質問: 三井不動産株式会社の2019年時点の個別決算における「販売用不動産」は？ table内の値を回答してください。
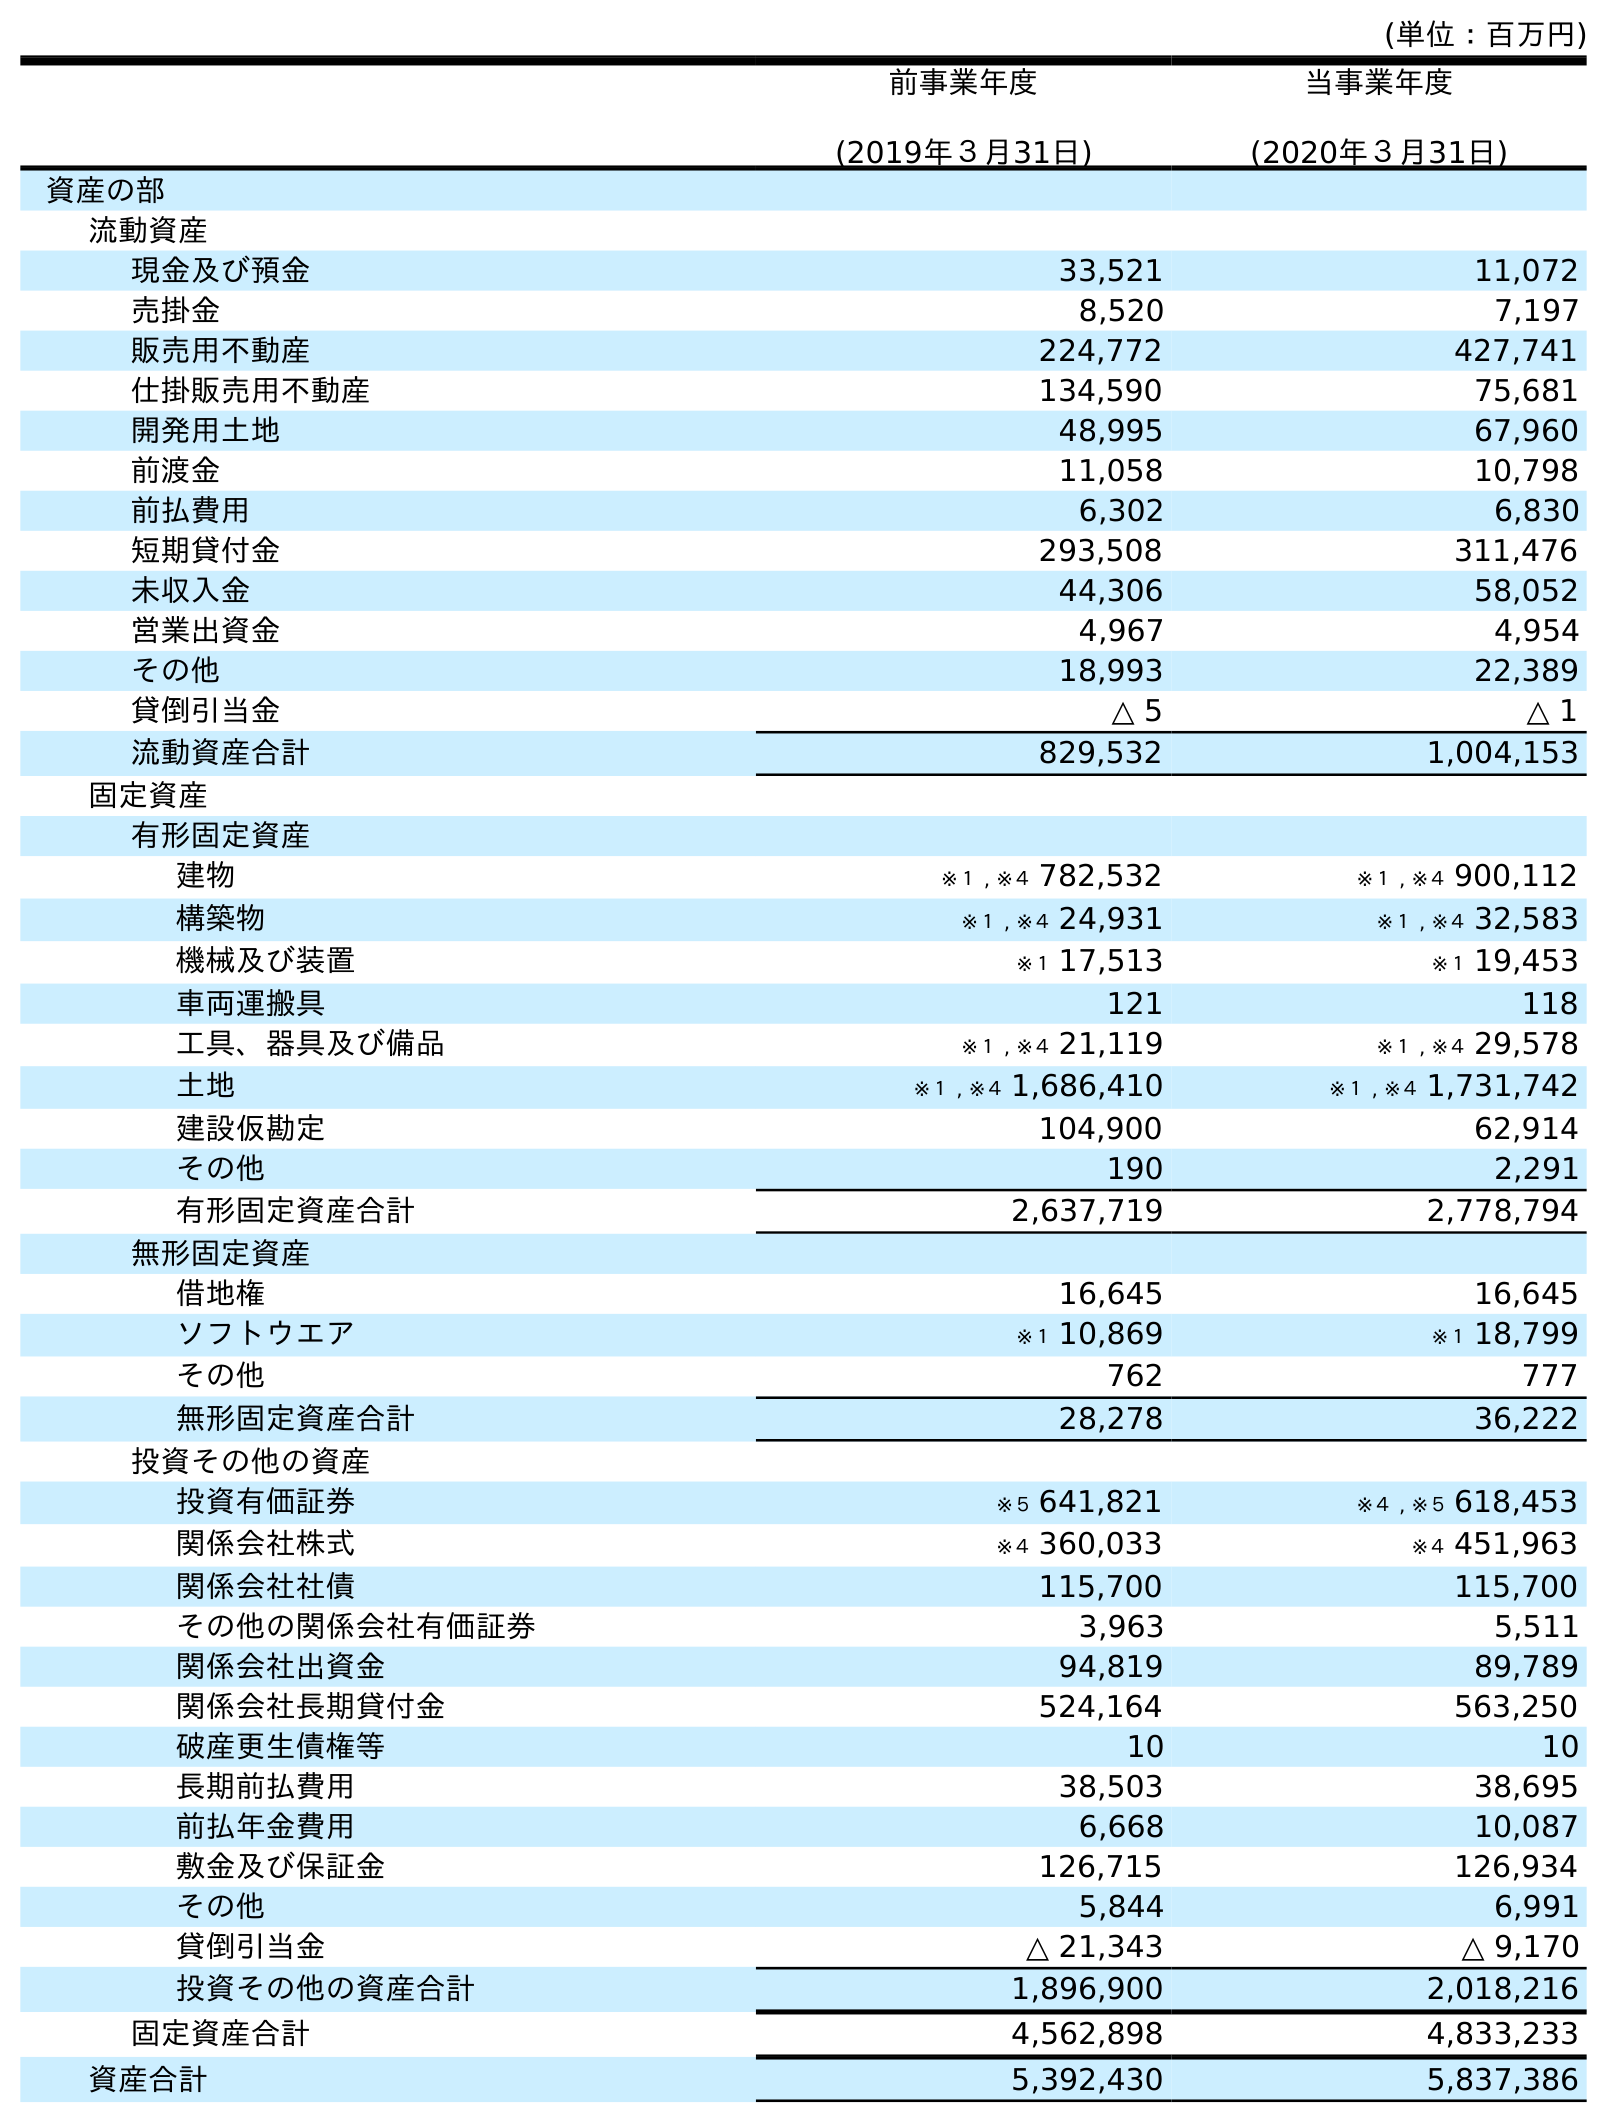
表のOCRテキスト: (単位：百万円) 前事業年度 (2019年３月31日) 当事業年度 (2020年３月31日) 資産の部 流動資産 現金及び預金 33,521 11,072 売掛金 8,520 7,197 販売用不動産 224,772 427,741 仕掛販売用不動産 134,590 75,681 開発用土地 48,995 67,960 前渡金 11,058 10,798 前払費用 6,302 6,830 短期貸付金 293,508 311,476 未収入金 44,306 58,052 営業出資金 4,967 4,954 その他 18,993 22,389 貸倒引当金 △ 5 △ 1 流動資産合計 829,532 1,004,153 固定資産 有形固定資産 建物 ※１ , ※４ 782,532 ※１ , ※４ 900,112 構築物 ※１ , ※４ 24,931 ※１ , ※４ 32,583 機械及び装置 ※１ 17,513 ※１ 19,453 車両運搬具 121 118 工具、器具及び備品 ※１ , ※４ 21,119 ※１ , ※４ 29,578 土地 ※１ , ※４ 1,686,410 ※１ , ※４ 1,731,742 建設仮勘定 104,900 62,914 その他 190 2,291 有形固定資産合計 2,637,719 2,778,794 無形固定資産 借地権 16,645 16,645 ソフトウエア ※１ 10,869 ※１ 18,799 その他 762 777 無形固定資産合計 28,278 36,222 投資その他の資産 投資有価証券 ※５ 641,821 ※４ , ※５ 618,453 関係会社株式 ※４ 360,033 ※４ 451,963 関係会社社債 115,700 115,700 その他の関係会社有価証券 3,963 5,511 関係会社出資金 94,819 89,789 関係会社長期貸付金 524,164 563,250 破産更生債権等 10 10 長期前払費用 38,503 38,695 前払年金費用 6,668 10,087 敷金及び保証金 126,715 126,934 その他 5,844 6,991 貸倒引当金 △ 21,343 △ 9,170 投資その他の資産合計 1,896,900 2,018,216 固定資産合計 4,562,898 4,833,233 資産合計 5,392,430 5,837,386
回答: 224,772